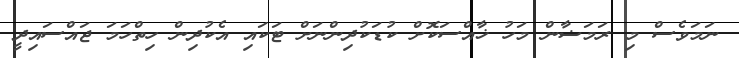
ނަމަވެސް މި ރަމަޟާން މަހު ޚާއްސަކޮށް ކުޑަކުދިންނަށް ޓަކައި އެކުދިން ހިތްހަމަ ޖައްސައިދީ